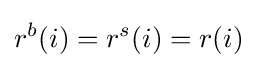
r^{b}(i)=r^{s}(i)=r(i)